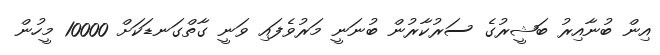
އިން ބުނާއިރު ބަޝީރުގެ ސަރުކާރުން ބުނަނީ މަރުވެފައި ވަނީ ގާތްގަނޑަކަށް 10000 މީހުން